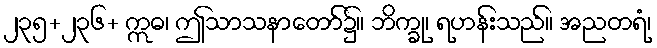
၂၃၅+၂၃၆+ ဣဓ၊ ဤသာသနာတော်၌။ ဘိက္ခု၊ ရဟန်းသည်။ အညတရံ၊